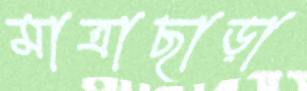
মাত্রাছাড়া